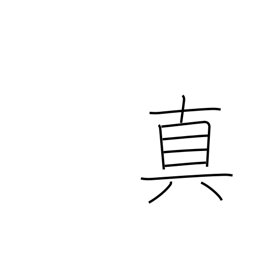
Meaning: Buddhist sect